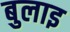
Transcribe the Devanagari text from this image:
बुलाइ